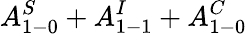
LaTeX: A_{1-0}^{S}+A_{1-1}^{I}+A_{1-0}^{C}